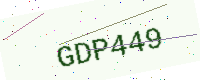
Text: GDP449